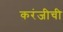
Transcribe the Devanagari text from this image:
करंजीची